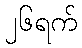
၂၆ရက်